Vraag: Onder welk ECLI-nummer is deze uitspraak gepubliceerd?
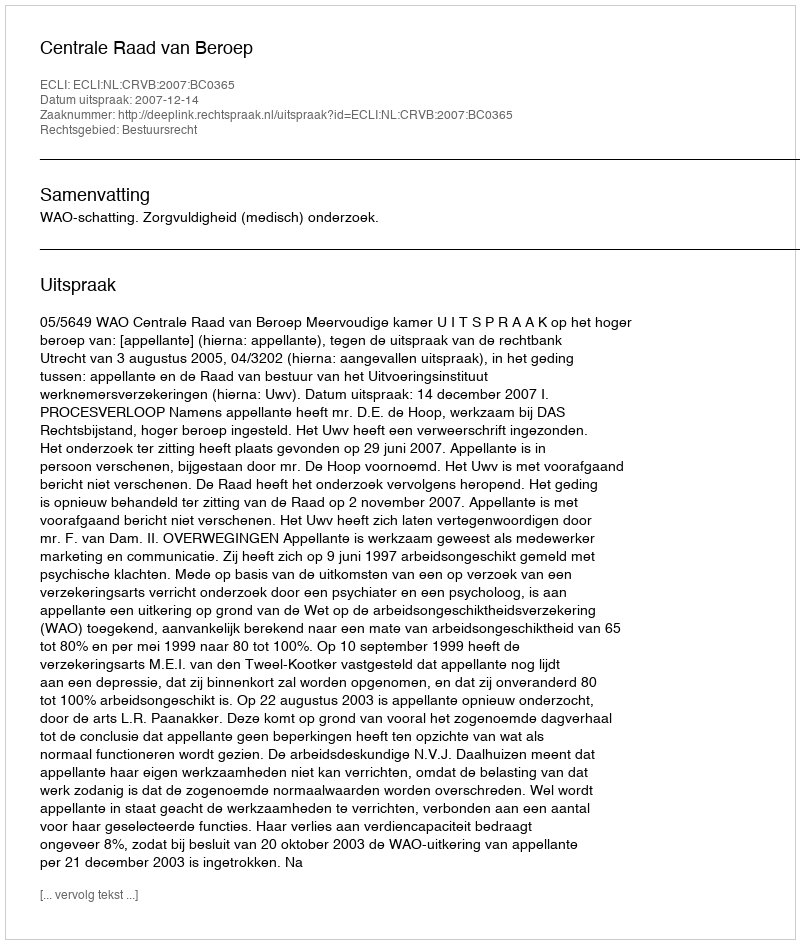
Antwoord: ECLI:NL:CRVB:2007:BC0365